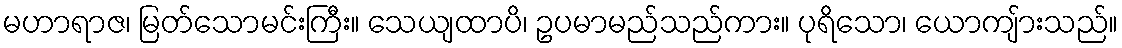
မဟာရာဇ၊ မြတ်သောမင်းကြီး။ သေယျထာပိ၊ ဥပမာမည်သည်ကား။ ပုရိသော၊ ယောကျ်ားသည်။